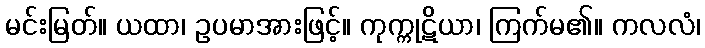
မင်းမြတ်။ ယထာ၊ ဥပမာအားဖြင့်။ ကုက္ကုဋိယာ၊ ကြက်မ၏။ ကလလံ၊